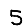
Digit: 5